Report of the Indian Hemp Drugs Commission, 1894-1895 - Volume IV
Year: 1894
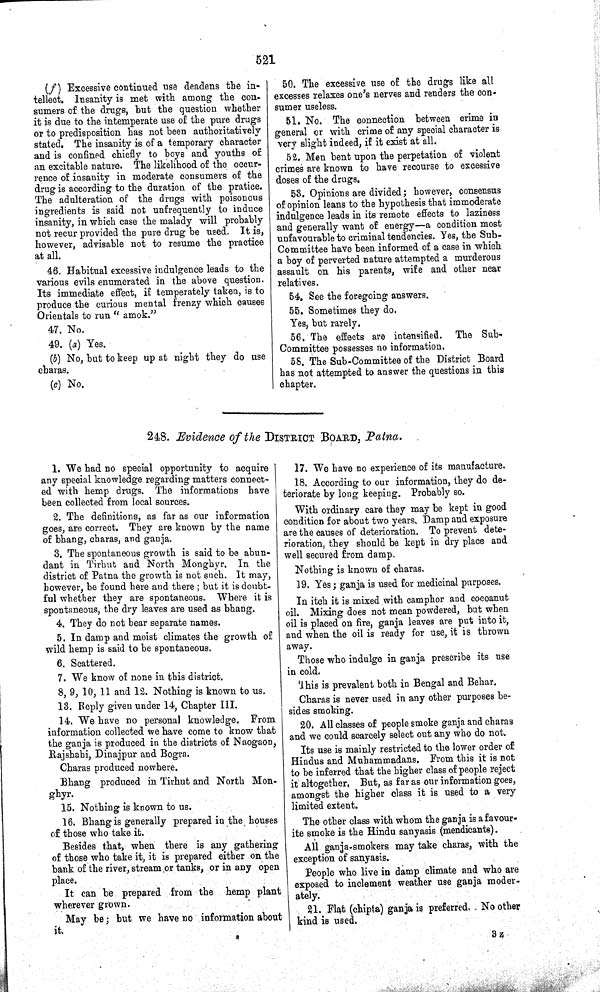
521
(f) Excessive continued use deadens the in-
tellect. Insanity is met with among the con-
sumers of the drugs, but the question whether
it is due to the intemperate use of the pure drugs
or to predisposition has not been authoritatively
stated. The insanity is of a temporary character
and is confined chiefly to boys and youths of
an excitable nature. The likelihood of the occur-
rence of insanity in moderate consumers of the
drug is according to the duration of the pratice.
The adulteration of the drugs with poisonous
ingredients is said not unfrequently to induce
insanity, in which case the malady will probably
not recur provided the pure drug be used. It is,
however, advisable not to resume the practice
at all.
46. Habitual excessive indulgence leads to the
various evils enumerated in the above question.
Its immediate effect, if temperately taken, is to
produce the curious mental frenzy which causes
Orientals to run "amok."
47. No.
49. (a) Yes.
(b) No, but to keep up at night they do use
charas.
(c) No.
50. The excessive use of the drugs like all
excesses relaxes one's nerves and renders the con-
sumer useless.
51. No. The connection between crime in
general or with crime of any special character is
very slight indeed, if it exist at all.
52. Men bent upon the perpetation of violent
crimes are known to have recourse to excessive
doses of the drugs.
53. Opinions are divided; however, consensus
of opinion leans to the hypothesis that immoderate
indulgence leads in its remote effects to laziness
and generally want of energy—a condition most
unfavourable to criminal tendencies. Yes, the Sub-
Committee have been informed of a case in which
a boy of perverted nature attempted a murderous
assault on his parents, wife and other near
relatives.
54. See the foregoing answers.
55. Sometimes they do.
Yes, but rarely.
56. The effects are intensified. The Sub-
Committee possesses no information.
58. The Sub-Committee of the District Board
has not attempted to answer the questions in this
chapter.
248. Evidence of the DISTRICT BOARD, Patna.
1. We had no special opportunity to acquire
any special knowledge regarding matters connect-
ed with hemp drugs. The informations have
been collected from local sources.
2. The definitions, as far as our information
goes, are correct. They are known by the name
of bhang, charas, and ganja.
3. The spontaneous growth is said to be abun-
dant in Tirhut and North Monghyr. In the
district of Patna the growth is not such. It may,
however, be found here and there; but it is doubt-
ful whether they are spontaneous. Where it is
spontaneous, the dry leaves are used as bhang.
4. They do not bear separate names.
5. In damp and moist climates the growth of
wild hemp is said to be spontaneous.
6. Scattered.
7. We know of none in this district.
8, 9, 10, 11 and 12. Nothing is known to us.
13. Reply given under 14, Chapter III.
14. We have no personal knowledge. From
information collected we have come to know that
the ganja is produced in the districts of Naogaon,
Rajshahi, Dinajpur and Bogra.
Charas produced nowhere.
Bhang produced in Tirhut and North Mon-
ghyr.
15. Nothing is known to us.
16. Bhang is generally prepared in the houses
of those who take it.
Besides that, when there is any gathering
of those who take it, it is prepared either on the
bank of the river, stream or tanks, or in any open
place.
It can be prepared from the hemp plant
wherever grown.
May be; but we have no information about
it.
17. We have no experience of its manufacture.
18. According to our information, they do de-
teriorate by long keeping. Probably so.
With ordinary care they may be kept in good
condition for about two years. Damp and exposure
are the causes of deterioration. To prevent dete-
rioration, they should be kept in dry place and
well secured from damp.
Nothing is known of charas.
19. Yes; ganja is used for medicinal purposes.
In itch it is mixed with camphor and cocoanut
oil. Mixing does not mean powdered, but when
oil is placed on fire, ganja leaves are put into it,
and when the oil is ready for use, it is thrown
away.
Those who indulge in ganja prescribe its use
in cold.
This is prevalent both in Bengal and Behar.
Charas is never used in any other purposes be-
sides smoking.
20. All classes of people smoke ganja and charas
and we could scarcely select out any who do not.
Its use is mainly restricted to the lower order of
Hindus and Muhammadans. From this it is not
to be inferred that the higher class of people reject
it altogether. But, as far as our information goes,
amongst the higher class it is used to a very
limited extent.
The other class with whom the ganja is a favour-
ite smoke is the Hindu sanyasis (mendicants).
All ganja-smokers may take charas, with the
exception of sanyasis.
People who live in damp climate and who are
exposed to inclement weather use ganja moder-
ately.
21. Flat (chipta) ganja is preferred. No other
kind is used.
3 Z